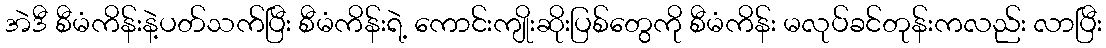
အဲဒီ စီမံကိန်းနဲ့ပတ်သက်ပြီး စီမံကိန်းရဲ့ ကောင်းကျိုးဆိုးပြစ်တွေကို စီမံကိန်း မလုပ်ခင်တုန်းကလည်း လာပြီး